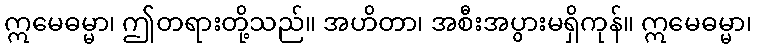
ဣမေဓမ္မာ၊ ဤတရားတို့သည်။ အဟိတာ၊ အစီးအပွားမရှိကုန်။ ဣမေဓမ္မာ၊